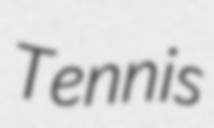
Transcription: Tennis